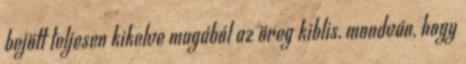
bejött teljesen kikelve magából az öreg kiblis, mondván, hogy